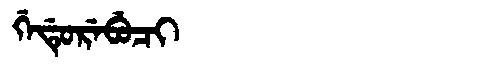
Manchu: ᡤᡝᡩᡠᡵᡝᠪᡠᠴᡳ
Romanization: GEDUREBUCI